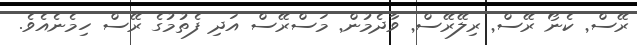
ރޭސް